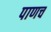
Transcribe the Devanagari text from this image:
पाणच